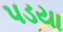
પડયા